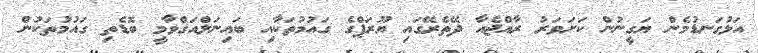
އަޅުގަނޑުމެން ޔަގީނުން ކަށަވަރު ރާއްޖެއާ ދޭތެރޭގައި ޔޫރަޕްގެ ގައުމުތަކާއި ބައިނަލްއަގްވާމީ ބޮޑެތި ގައުމުތަކުން